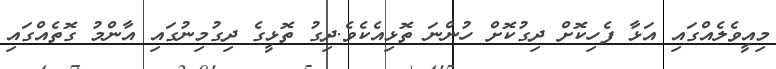
މިއީވެލެއްގައި އަޅާ ފެހިކޮށް ދިގުކޮށް ހުންނަ ތޮޅިއެކެވެ.ދިގު ތޮޅީގެ ދިގުމިނުގައި އާންމު ގޮތެއްގައި